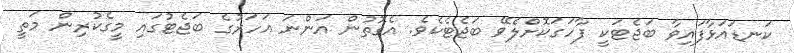
ކަނޑައަޅާފައިވާ ބަޖެޓަކީ ފާހަގަކޮށްލެވޭ ބަޖެޓެެކެވެ. އެގޮތުން އަންނަ އަހަރުގެ ބަޖެޓުގައި މީގެކުރިން މަތީ